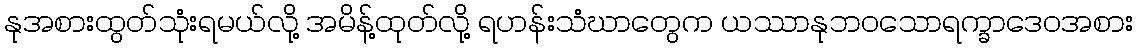
နုအစားထွတ်သုံးရမယ်လို့ အမိန့်ထုတ်လို့ ရဟန်းသံဃာတွေက ယဿာနုဘဝသောရက္ခာဒေဝအစား